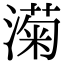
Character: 𬈵